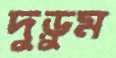
দুড়ুম